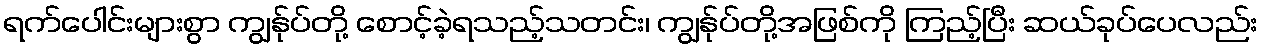
ရက်ပေါင်းများစွာ ကျွန်ုပ်တို့ စောင့်ခဲ့ရသည့်သတင်း၊ ကျွန်ုပ်တို့အဖြစ်ကို ကြည့်ပြီး ဆယ်ခုပ်ပေလည်း